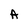
Character: A